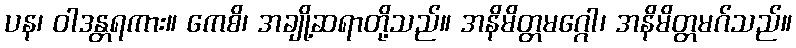
ပန၊ ဝါဒန္တရကား။ ကေစိ၊ အချို့ဆရာတို့သည်။ အနိမိတ္တမဂ္ဂေါ၊ အနိမိတ္တမဂ်သည်။